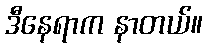
ဒီနေရာက နာတယ်။